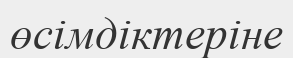
өсімдіктеріне